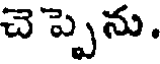
చెప్పెను,